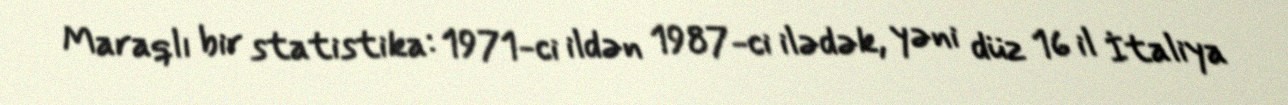
Maraqlı bir statistika: 1971-ci ildən 1987-ci ilədək, yəni düz 16 il İtaliya